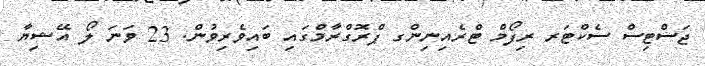
ޖަސްޓިސް ސެކްޓަރ ރިފޯމް ޓްރެއިނިންގ ޕްރޮގްރާމްގައި ބައިވެރިވުން. 23 ވަނަ ލޯ އޭޝިޔާ